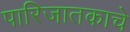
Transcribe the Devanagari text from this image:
पारिजातकाचे